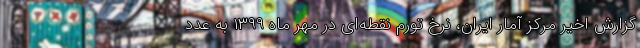
گزارش اخیر مرکز آمار ایران، نرخ تورم نقطه‌ای در مهر ماه ١٣٩٩ به عدد